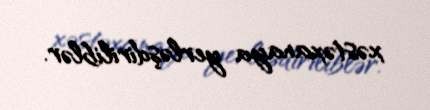
xəstəxanaya yerləşdiriliblər.